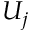
U _ { j }